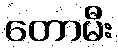
တောမီး